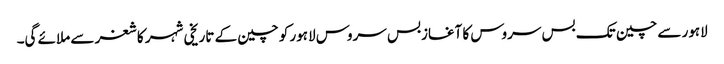
لاہور سے چین تک بس سروس کا آغازبس سروس لاہور کو چین کے تاریخی شہر کاشغر سے ملائے گی۔